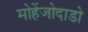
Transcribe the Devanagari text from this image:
मोहेंजोदाडो